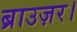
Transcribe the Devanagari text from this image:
ब्राउज़र।